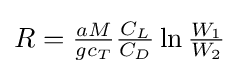
{\textstyle R={\frac {aM}{gc_{T}}}{\frac {C_{L}}{C_{D}}}\ln {\frac {W_{1}}{W_{2}}}}